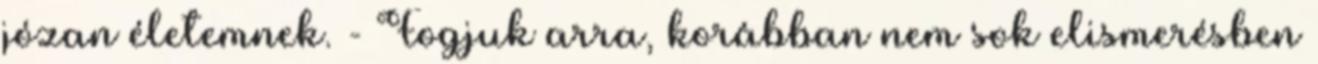
józan életemnek. - Fogjuk arra, korábban nem sok elismerésben